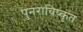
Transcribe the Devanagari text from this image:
पुनराविष्कृत